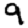
Digit: 9